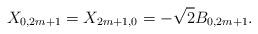
LaTeX: \begin{align*}X_{0,2m+1}=X_{2m+1,0}=-\sqrt{2} B_{0,2m+1}. \end{align*}